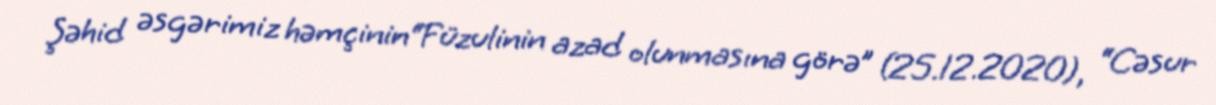
Şəhid əsgərimiz həmçinin“Füzulinin azad olunmasına görə” (25.12.2020), “Cəsur